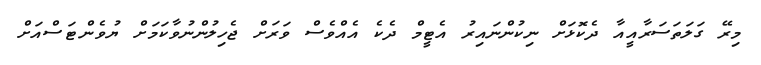
މިރޭ ގަލަތަސަރާއީއާ ދެކޮޅަށް ނިކުންނައިރު އެޓީމް ދެކެ އެއްވެސް ވަރަށް ޖެހިލުންނުވާކަމަށް ޔުވެންޓަސްއަށް